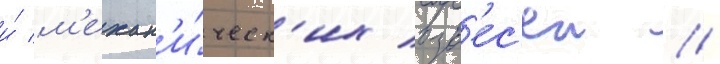
и́ м'ехан'и́ческ'их взв'ес'еи //